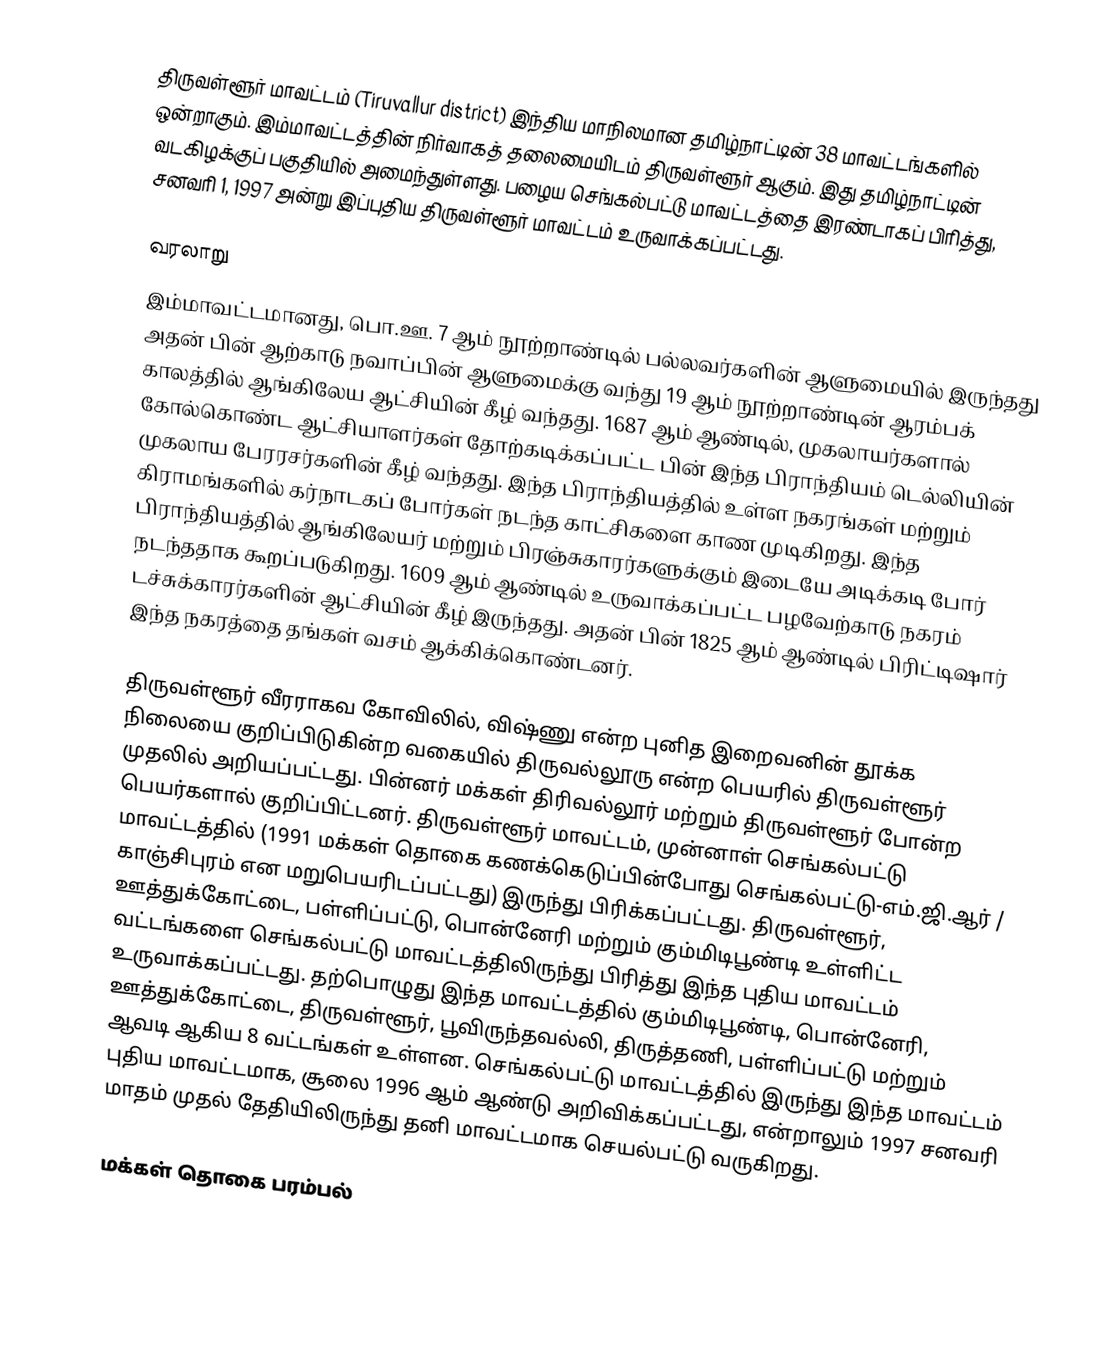
திருவள்ளூர் மாவட்டம் (Tiruvallur district) இந்திய மாநிலமான தமிழ்நாட்டின் 38 மாவட்டங்களில் ஒன்றாகும். இம்மாவட்டத்தின் நிர்வாகத் தலைமையிடம் திருவள்ளூர் ஆகும். இது தமிழ்நாட்டின் வடகிழக்குப் பகுதியில் அமைந்துள்ளது. பழைய செங்கல்பட்டு மாவட்டத்தை இரண்டாகப் பிரித்து, சனவரி 1, 1997 அன்று இப்புதிய திருவள்ளூர் மாவட்டம் உருவாக்கப்பட்டது.

வரலாறு
இம்மாவட்டமானது, பொ.ஊ. 7 ஆம் நூற்றாண்டில் பல்லவர்களின் ஆளுமையில் இருந்தது அதன் பின் ஆற்காடு நவாப்பின் ஆளுமைக்கு வந்து 19 ஆம் நூற்றாண்டின் ஆரம்பக் காலத்தில் ஆங்கிலேய ஆட்சியின் கீழ் வந்தது. 1687 ஆம் ஆண்டில், முகலாயர்களால் கோல்கொண்ட ஆட்சியாளர்கள் தோற்கடிக்கப்பட்ட பின் இந்த பிராந்தியம் டெல்லியின் முகலாய பேரரசர்களின் கீழ் வந்தது. இந்த பிராந்தியத்தில் உள்ள நகரங்கள் மற்றும் கிராமங்களில் கர்நாடகப் போர்கள் நடந்த காட்சிகளை காண முடிகிறது. இந்த பிராந்தியத்தில் ஆங்கிலேயர் மற்றும் பிரஞ்சுகாரர்களுக்கும் இடையே அடிக்கடி போர் நடந்ததாக கூறப்படுகிறது. 1609 ஆம் ஆண்டில் உருவாக்கப்பட்ட பழவேற்காடு நகரம் டச்சுக்காரர்களின் ஆட்சியின் கீழ் இருந்தது. அதன் பின் 1825 ஆம் ஆண்டில் பிரிட்டிஷார் இந்த நகரத்தை தங்கள் வசம் ஆக்கிக்கொண்டனர்.

திருவள்ளூர் வீரராகவ கோவிலில், விஷ்ணு என்ற புனித இறைவனின் தூக்க நிலையை குறிப்பிடுகின்ற வகையில் திருவல்லூரு என்ற பெயரில் திருவள்ளூர் முதலில் அறியப்பட்டது. பின்னர் மக்கள் திரிவல்லூர் மற்றும் திருவள்ளூர் போன்ற பெயர்களால் குறிப்பிட்டனர். திருவள்ளூர் மாவட்டம், முன்னாள் செங்கல்பட்டு மாவட்டத்தில் (1991 மக்கள் தொகை கணக்கெடுப்பின்போது செங்கல்பட்டு-எம்.ஜி.ஆர் / காஞ்சிபுரம் என மறுபெயரிடப்பட்டது) இருந்து பிரிக்கப்பட்டது. திருவள்ளூர், ஊத்துக்கோட்டை, பள்ளிப்பட்டு, பொன்னேரி மற்றும் கும்மிடிபூண்டி உள்ளிட்ட வட்டங்களை செங்கல்பட்டு மாவட்டத்திலிருந்து பிரித்து இந்த புதிய மாவட்டம் உருவாக்கப்பட்டது. தற்பொழுது இந்த மாவட்டத்தில் கும்மிடிபூண்டி, பொன்னேரி, ஊத்துக்கோட்டை, திருவள்ளூர், பூவிருந்தவல்லி, திருத்தணி, பள்ளிப்பட்டு மற்றும் ஆவடி ஆகிய 8 வட்டங்கள் உள்ளன. செங்கல்பட்டு மாவட்டத்தில் இருந்து இந்த மாவட்டம் புதிய மாவட்டமாக, சூலை 1996 ஆம் ஆண்டு அறிவிக்கப்பட்டது, என்றாலும் 1997 சனவரி மாதம் முதல் தேதியிலிருந்து தனி மாவட்டமாக செயல்பட்டு வருகிறது.

மக்கள் தொகை பரம்பல்